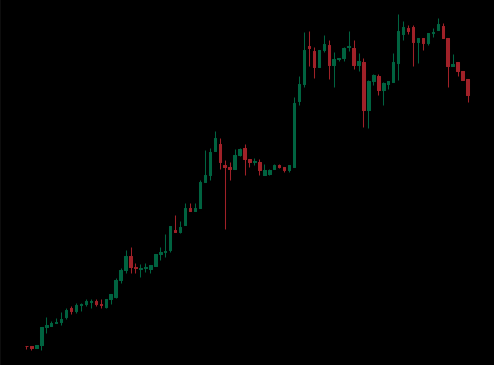
Pattern: unclassified